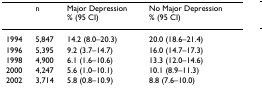
<table><thead><tr><td></td><td><b>n</b></td><td><b>Major Depression% (95 CI)</b></td><td><b>No Major Depression% (95 CI)</b></td></tr></thead><tbody><tr><td>1994</td><td>5,847</td><td>14.2 (8.0–20.3)</td><td>20.0 (18.6–21.4)</td></tr><tr><td>1996</td><td>5,395</td><td>9.2 (3.7–14.7)</td><td>16.0 (14.7–17.3)</td></tr><tr><td>1998</td><td>4,900</td><td>6.1 (1.6–10.6)</td><td>13.3 (12.0–14.6)</td></tr><tr><td>2000</td><td>4,247</td><td>5.6 (1.0–10.1)</td><td>10.1 (8.9–11.3)</td></tr><tr><td>2002</td><td>3,714</td><td>5.8 (0.8–10.9)</td><td>8.8 (7.6–10.0)</td></tr></tbody></table>